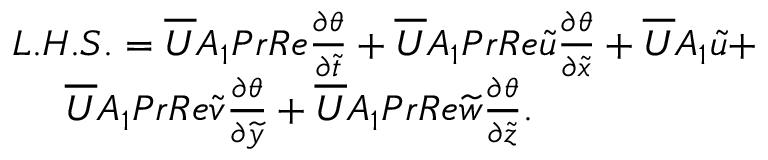
\begin{array} { r } { L . H . S . = \overline { { U } } A _ { 1 } P r R e { \frac { \partial \theta } { \partial \widetilde { t } } } + \overline { { U } } A _ { 1 } P r R e \widetilde { u } { \frac { \partial \theta } { \partial \widetilde { x } } } + \overline { { U } } A _ { 1 } \widetilde { u } + } \\ { \overline { { U } } A _ { 1 } P r R e \widetilde { v } { \frac { \partial \theta } { \partial \widetilde { y } } } + \overline { { U } } A _ { 1 } P r R e \widetilde { w } { \frac { \partial \theta } { \partial \widetilde { z } } } . ~ ~ ~ ~ ~ ~ ~ ~ ~ ~ ~ ~ ~ ~ ~ ~ ~ } \end{array}